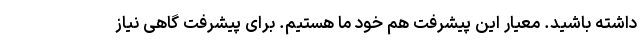
داشته باشید. معیار این پیشرفت هم خود ما هستیم. برای پیشرفت گاهی نیاز